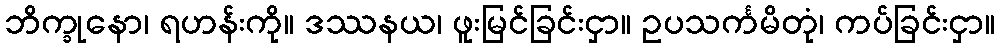
ဘိက္ခုနော၊ ရဟန်းကို။ ဒဿနယ၊ ဖူးမြင်ခြင်းငှာ။ ဥပသင်္ကမိတုံ၊ ကပ်ခြင်းငှာ။